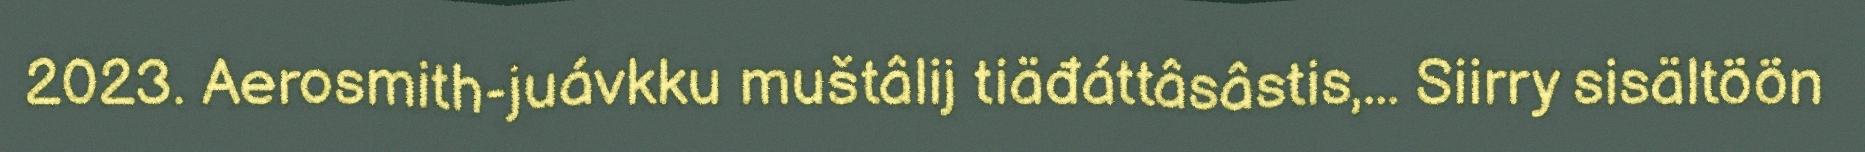
2023. Aerosmith-juávkku muštâlij tiäđáttâsâstis,... Siirry sisältöön